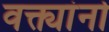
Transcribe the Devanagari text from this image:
वक्त्यांनो